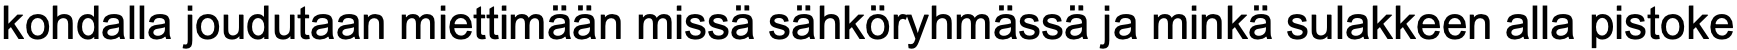
kohdalla joudutaan miettimään missä sähköryhmässä ja minkä sulakkeen alla pistoke